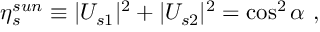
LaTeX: \eta _ { s } ^ { s u n } \equiv | U _ { s 1 } | ^ { 2 } + | U _ { s 2 } | ^ { 2 } = \cos ^ { 2 } \alpha ~ ,